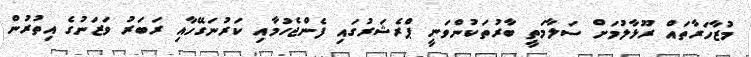
މުޒާހަރާތައް ރޫޅާލުމަށް ސަލާމަތީ ބާރުތަކުންވަނީ ޕްރެޝަރުގައި ފެންޖެހުމާއި ކަރުނަގޭހާއި ރަބަރު ވަޒަނުގެ އިތުރުން